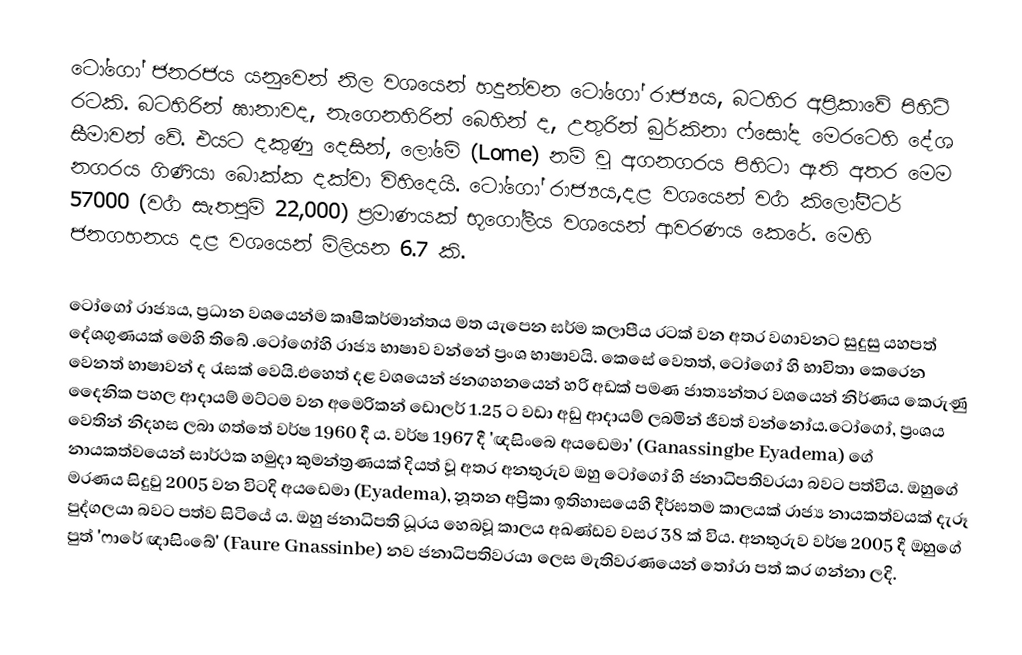
ටෝ‍ගෝ ජනරජය යනුවෙන් නිල වශයෙන් හදුන්වන ටෝගෝ රාජ්‍යය, බටහිර අප්‍රිකාවේ පිහිටි රටකි. බටහිරින් ඝානාවද, නැගෙනහිරින් බෙහින් ද, උතුරින් බුර්කිනා ෆ්සෝද  මෙ‍රටෙහි දේශ සීමාවන් වේ. එයට දකුණු දෙසින්, ලෝමේ (Lome) නම් වූ අගනගරය පිහිටා ඇති අතර මෙම නගරය ගිණියා බොක්ක දක්වා විහිදෙයි. ටෝගෝ රාජ්‍යය,දළ වශයෙන් වර්‍ග කිලෝමීටර් 57000 (වර්‍ග සැතපුම් 22,000) ප්‍රමාණයක්  භූගෝලීය වශයෙන් ආවරණය කෙරේ. මෙහි ජනගහනය දළ වශයෙන් මිලියන 6.7 කි.

ටෝගෝ රාජ්‍යය, ප්‍රධාන වශයෙන්ම කෘෂිකර්මාන්තය මත යැපෙන ඝර්ම කලාපීය රටක් වන අතර වගාවනට  සුදුසු යහපත් දේශගුණයක් මෙහි තිබේ .ටෝගෝහි රාජ්‍ය භාෂාව වන්නේ ප්‍රංශ භාෂාවයි. කෙසේ වෙතත්, ටෝගෝ හි භාවිතා කෙරෙන වෙනත් භාෂාවන් ද රැසක් වෙයි.එහෙත් දළ වශයෙන් ජනගහනයෙන් හරි අඩක් පමණ ජාත්‍යන්තර වශයෙන් නිර්ණය කෙරුණු දෛනික පහල ආදායම් මට්ටම වන අමෙරිකන් ඩොලර් 1.25 ට වඩා අඩු ආදායම් ලබමින් ජිවත් වන්නෝය.ටෝගෝ, ප්‍රංශය වෙතින් නිදහස ලබා ගත්තේ වර්ෂ 1960 දී ය. වර්ෂ 1967 දී 'ඥසිංබෙ අයඩෙමා' (Ganassingbe Eyadema) ගේ නායකත්වයෙන් සාර්ථක හමුදා කුමන්ත්‍රණයක් දියත් වූ අතර අනතුරුව  ඔහු ටෝගෝ හි ජනාධිපතිවරයා බවට පත්විය. ඔහුගේ මරණය සිදුවු 2005 වන විටදි අයඩෙමා (Eyadema), නූතන අප්‍රිකා ඉතිහාසයෙහි දීර්ඝතම කාලයක් රාජ්‍ය නායකත්වයක් දැරූ පුද්ගලයා බවට පත්ව සිටියේ ය. ඔහු ජනාධිපති ධූරය හෙබවූ කාලය අඛණ්ඩව වසර 38 ක් විය. අනතුරුව වර්ෂ 2005 දී ඔහුගේ පුත් 'ෆාරේ ඥාසිංබේ' (Faure Gnassinbe) නව ජනාධිපතිවරයා ලෙස මැතිවරණයෙන් තෝරා පත් කර ගන්නා ලදි.